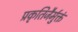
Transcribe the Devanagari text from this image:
प्रकृतिजैर्मुक्तं